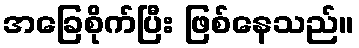
အခြေစိုက်ပြီး ဖြစ်နေသည်။